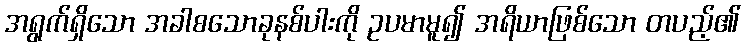
အရွက်ရှိသော အခါစသောခုနစ်ပါးကို ဥပမာမူ၍ အရိယာဖြစ်သော တပည့်၏